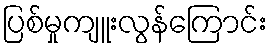
ပြစ်မှုကျူးလွန်ကြောင်း